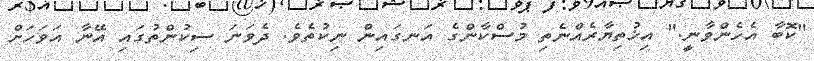
"ކޮބާ އެހެންވާނީ." އިޚުތިޔާރެއްނެތި މުސްކާންގެ އަނގައިން ނިކުތެވެ. ދެވަނަ ސިކުންތުގައި އޭނާ އަވަހަށް